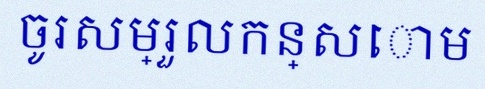
ចូរសម្រួលកន្សោម